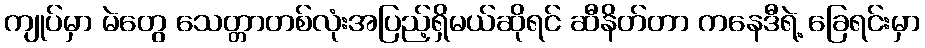
ကျုပ်မှာ မဲတွေ သေတ္တာတစ်လုံးအပြည့်ရှိမယ်ဆိုရင် ဆီနိတ်တာ ကနေဒီရဲ့ ခြေရင်းမှာ